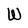
Character: W